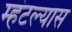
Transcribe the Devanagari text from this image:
म्हंटल्यास